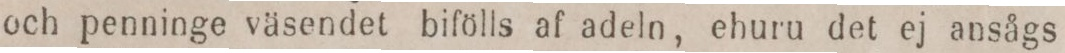
och penninge väsendet bifölls af adeln, ehuru det ej ansågs